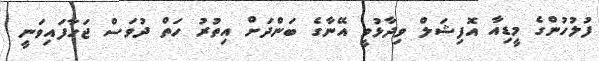
ފުލުހުންގެ މީޑިއާ އޮފިޝަލް ވިދާޅުވީ އޭނާގެ ބަންދަށް އިތުރު ހަތް ދުވަސް ޖަހާފައިވަނީ